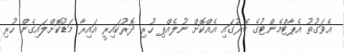
އެވަގުތު އެޕާޓްމެންޓުގެ ބޭރުގައި އެއްކޮށް ނުލެއްޕި ހުރި ދޮރުކައިރީ އައިރާ މަޑުކޮށްލައިގެން ހުރި